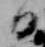
日